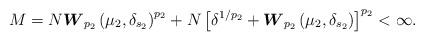
LaTeX: \begin{align*}M = N \boldsymbol{W}_{p_2} \left(\mu_2 , \delta_{s_2} \right)^{p_2} + N \left[ \delta^{1/p_2} + \boldsymbol{W}_{p_2} \left(\mu_2 , \delta_{s_2} \right) \right]^{p_2} < \infty.\end{align*}